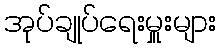
အုပ်ချုပ်ရေးမှူးများ